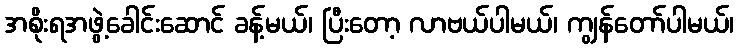
အစိုးရအဖွဲ့ခေါင်းဆောင် ခန့်မယ်၊ ပြီးတော့ လာဗယ်ပါမယ်၊ ကျွန်တော်ပါမယ်၊